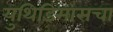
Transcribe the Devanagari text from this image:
युथिडिमासचा